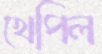
খেপিল